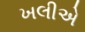
ખલીએ